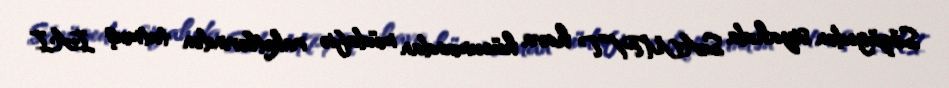
Sözügedən siyahıda SAMP/T hava hücumundan müdafiə raketlərindən tutmuş IAI